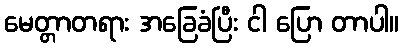
မေတ္တာတရား အခြေခံပြီး ငါ ပြော တာပါ။